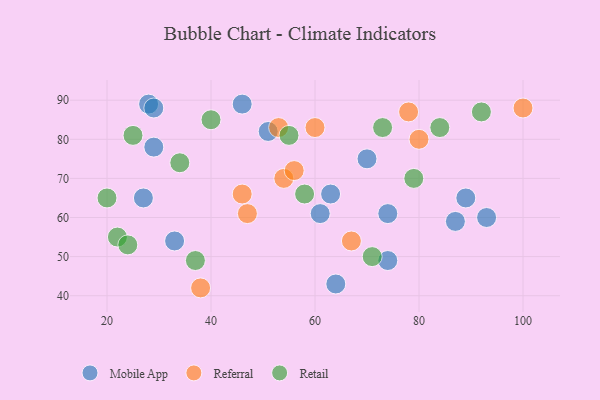
{"axis": {"x": "GDP", "y": "Life Expectancy"}, "legend": ["Mobile App", "Referral", "Retail"], "data": [{"x": "93", "y": 60, "type": "Mobile App"}, {"x": "61", "y": 61, "type": "Mobile App"}, {"x": "28", "y": 89, "type": "Mobile App"}, {"x": "29", "y": 78, "type": "Mobile App"}, {"x": "74", "y": 49, "type": "Mobile App"}, {"x": "27", "y": 65, "type": "Mobile App"}, {"x": "89", "y": 65, "type": "Mobile App"}, {"x": "29", "y": 88, "type": "Mobile App"}, {"x": "74", "y": 61, "type": "Mobile App"}, {"x": "33", "y": 54, "type": "Mobile App"}, {"x": "70", "y": 75, "type": "Mobile App"}, {"x": "87", "y": 59, "type": "Mobile App"}, {"x": "46", "y": 89, "type": "Mobile App"}, {"x": "63", "y": 66, "type": "Mobile App"}, {"x": "64", "y": 43, "type": "Mobile App"}, {"x": "51", "y": 82, "type": "Mobile App"}, {"x": "80", "y": 80, "type": "Referral"}, {"x": "53", "y": 83, "type": "Referral"}, {"x": "54", "y": 70, "type": "Referral"}, {"x": "60", "y": 83, "type": "Referral"}, {"x": "67", "y": 54, "type": "Referral"}, {"x": "100", "y": 88, "type": "Referral"}, {"x": "46", "y": 66, "type": "Referral"}, {"x": "47", "y": 61, "type": "Referral"}, {"x": "56", "y": 72, "type": "Referral"}, {"x": "38", "y": 42, "type": "Referral"}, {"x": "78", "y": 87, "type": "Referral"}, {"x": "22", "y": 55, "type": "Retail"}, {"x": "84", "y": 83, "type": "Retail"}, {"x": "20", "y": 65, "type": "Retail"}, {"x": "24", "y": 53, "type": "Retail"}, {"x": "58", "y": 66, "type": "Retail"}, {"x": "25", "y": 81, "type": "Retail"}, {"x": "34", "y": 74, "type": "Retail"}, {"x": "79", "y": 70, "type": "Retail"}, {"x": "71", "y": 50, "type": "Retail"}, {"x": "37", "y": 49, "type": "Retail"}, {"x": "73", "y": 83, "type": "Retail"}, {"x": "92", "y": 87, "type": "Retail"}, {"x": "40", "y": 85, "type": "Retail"}, {"x": "55", "y": 81, "type": "Retail"}]}